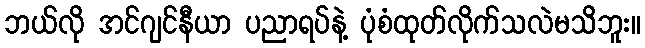
ဘယ်လို အင်ဂျင်နီယာ ပညာရပ်နဲ့ ပုံစံထုတ်လိုက်သလဲမသိဘူး။